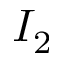
I _ { 2 }